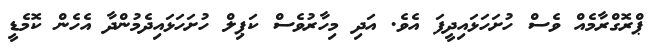
ޕްރޮގްރާމެއް ވެސް ހުށަހަޅައިދީފަ އެވެ. އަދި މިހާރުވެސް ކަޕިލް ހުށަހަޅައިދެމުންދާ އެހެން ކޮމެޑީ